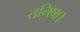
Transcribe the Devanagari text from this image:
तनिषा।